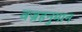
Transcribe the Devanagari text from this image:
वज्रहनुमान